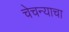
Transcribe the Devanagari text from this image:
चेचन्याचा